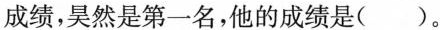
成绩，昊然是第一名，他的成绩是()。